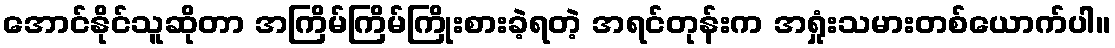
အောင်နိုင်သူဆိုတာ အကြိမ်ကြိမ်ကြိုးစားခဲ့ရတဲ့ အရင်တုန်းက အရှုံးသမားတစ်ယောက်ပါ။